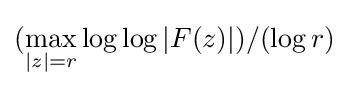
(\max _{|z|=r}\log \log |F(z)|)/(\log r)